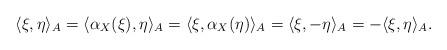
LaTeX: \begin{align*}\langle \xi, \eta\rangle_A = \langle \alpha_X(\xi), \eta\rangle_A = \langle \xi, \alpha_X(\eta)\rangle_A = \langle \xi, -\eta\rangle_A = -\langle \xi, \eta\rangle_A.\end{align*}